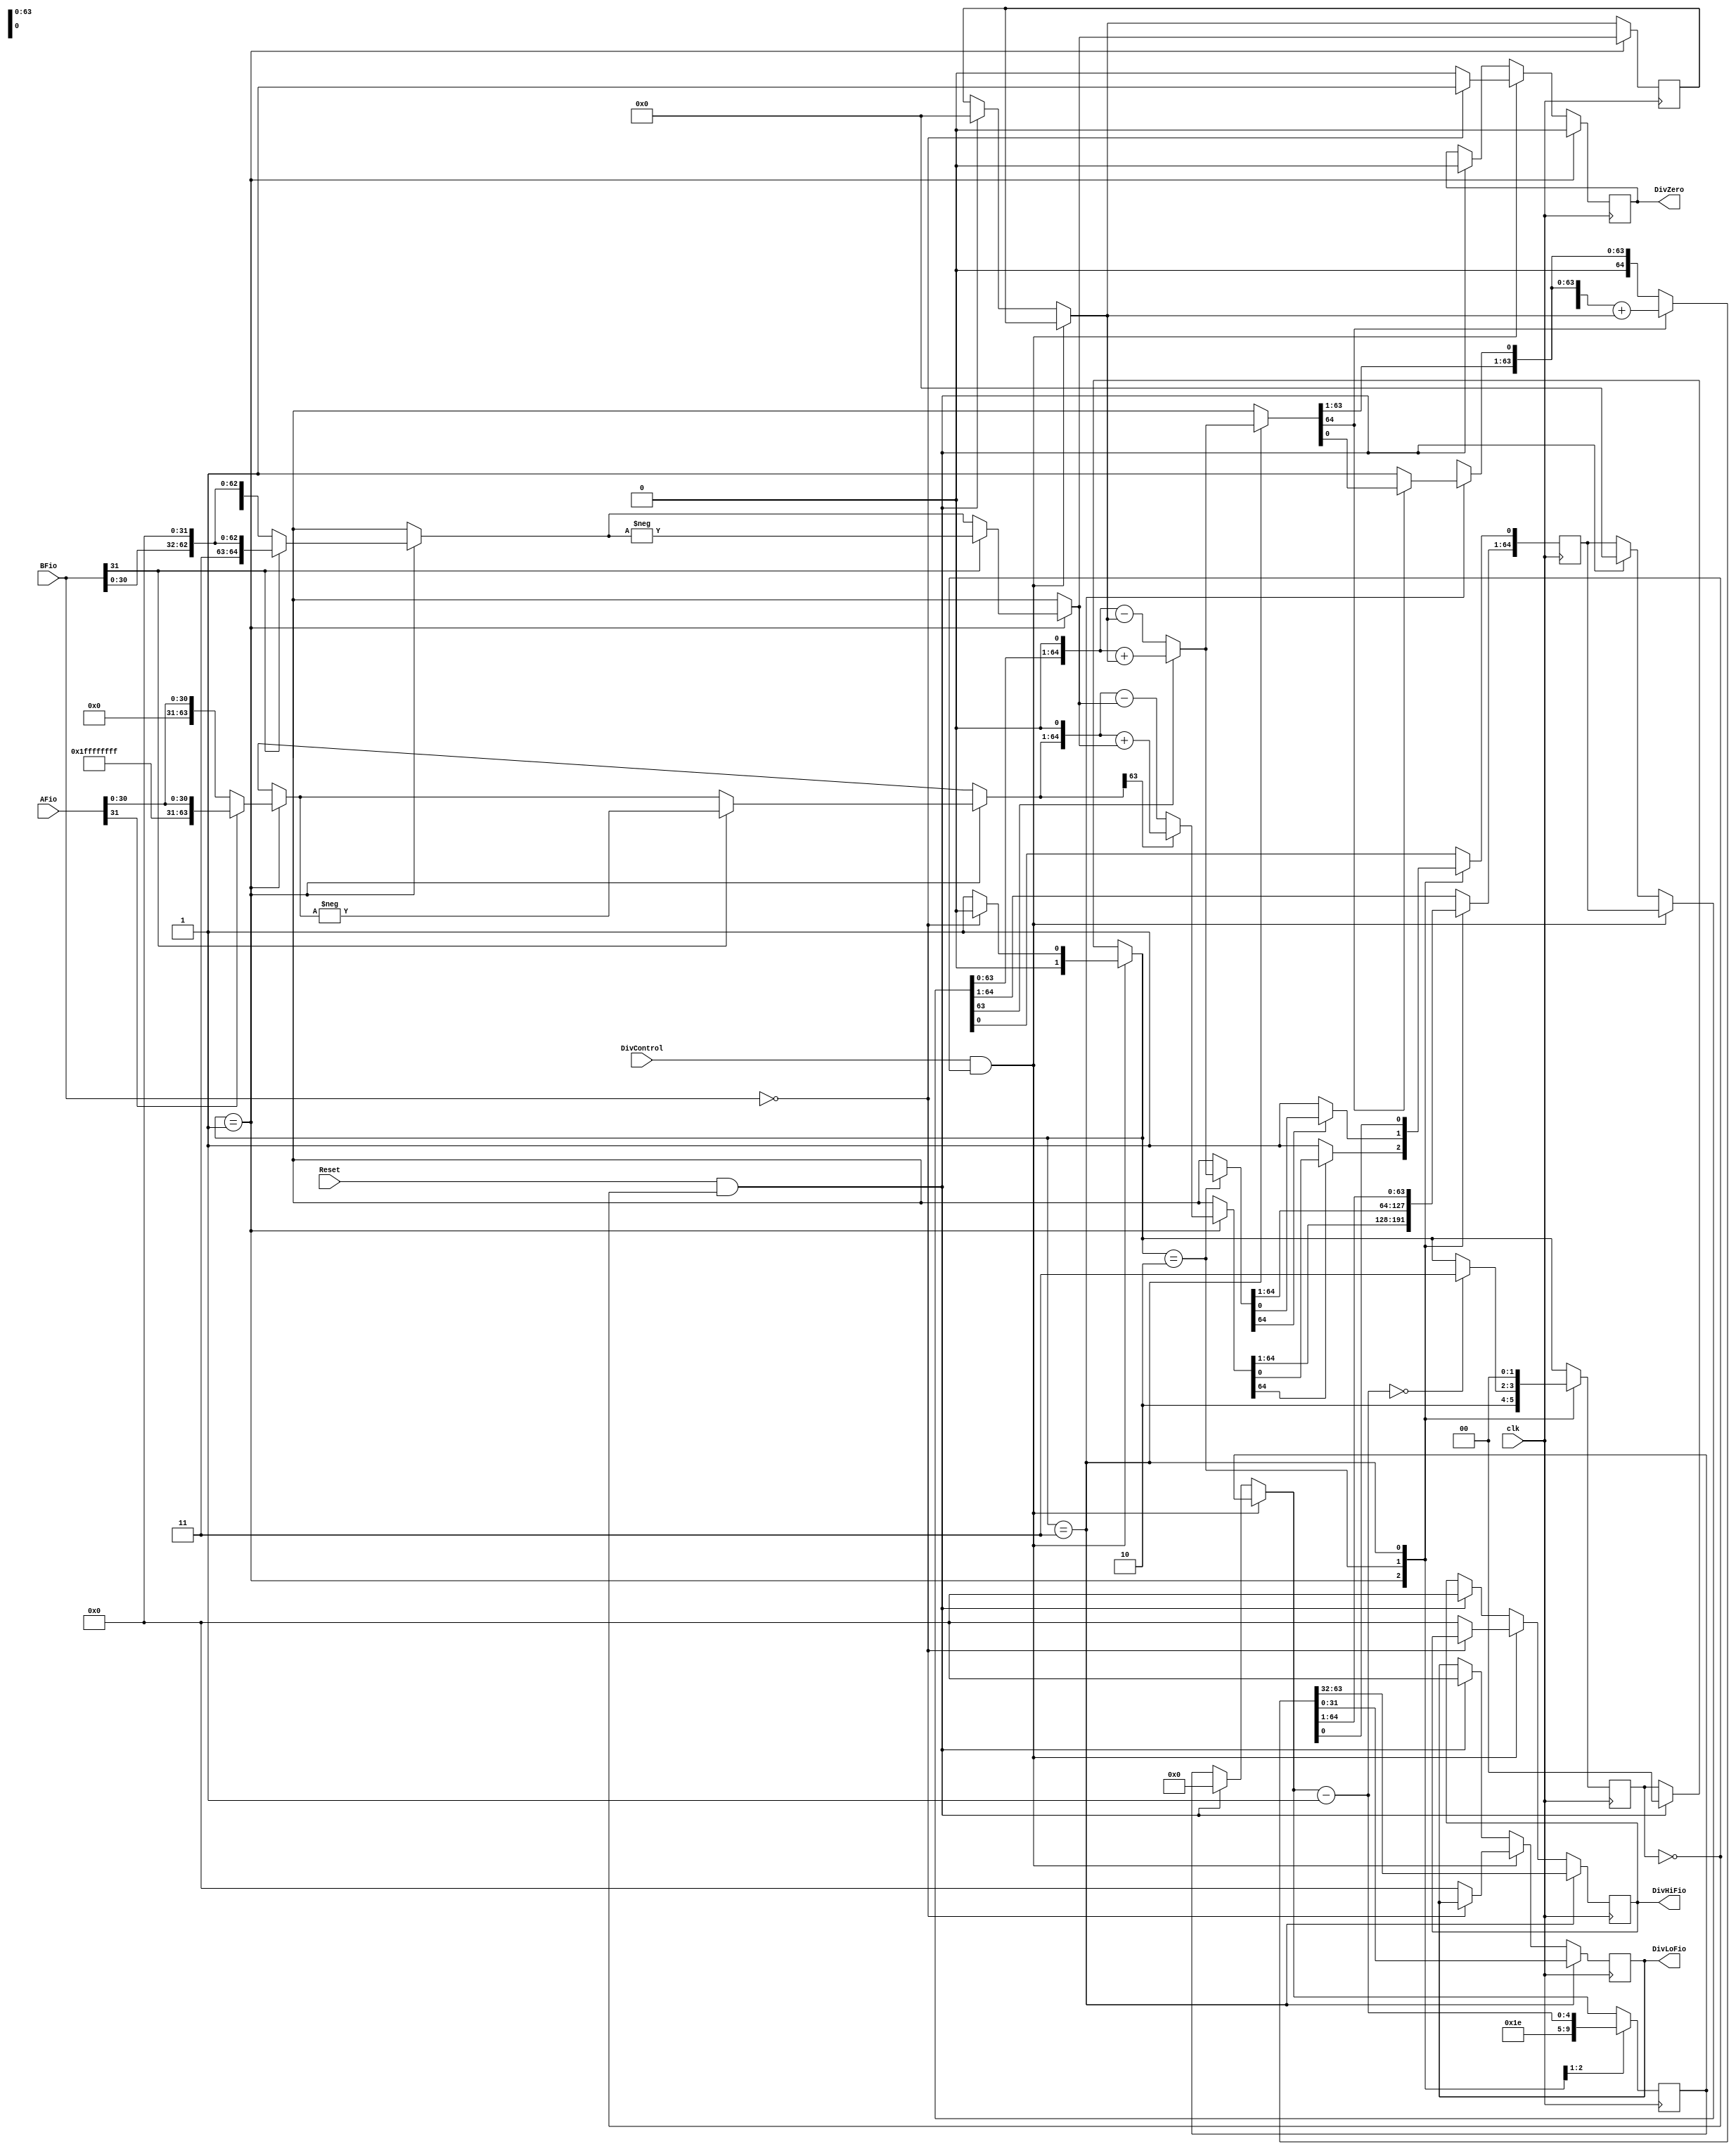
module Div(input wire DivControl, input wire Reset, input wire [31:0] AFio, input wire clk,
	input wire [31:0] BFio, output reg [31:0] DivLoFio, output reg [31:0] DivHiFio, output reg DivZero);
 
reg [64:0] P;
reg [64:0] A;
reg [1:0] estado;
reg [4:0] contador;

parameter WHILE = 2'b00;
parameter INITIAL = 2'b01;
parameter REPEAT = 2'b10;
parameter END = 2'b11;

initial begin 
	estado = WHILE;
	DivZero = 1'b0;
end
 
always @(posedge clk) begin
	if (DivControl == 1'b1 && estado == WHILE) begin
		if (BFio == 32'd0) 
			begin
				DivZero = 1'b1;
				estado = WHILE;
			end 
		else
			begin
			DivZero = 1'b0;
			estado = INITIAL;
			DivLoFio = {32{1'b0}};
			DivHiFio = {32{1'b0}};
			end
	end else if (Reset == 1'b1 && estado == WHILE) begin
		P = 65'd0;
		A = 65'd0;
		estado = 2'd0;
		contador = 5'd0;
		DivHiFio = 32'd0;
		DivLoFio = 32'd0;
		DivZero = 1'd0;
	end
	
	case(estado)
				
		INITIAL:
		begin
			DivZero = 1'b0;
			contador = {5{1'b1}};
			if (BFio[31] == 1)
				A = {1'b1, BFio, {32{1'b0}}};
			else
				A = {1'b0, BFio, {32{1'b0}}};
			if (AFio[31] == 1)
				P = {{33{1'b1}}, AFio};
			else
				P = {{33{1'b0}}, AFio};
			if (BFio[31] == 1) begin
				P = -P;
				A = -A;
			end
			P = P << 1;
			if (P[64] == 1'b1)
				P = P + A;
			else
				P = P - A;
			if (P[64] == 1'b0)
				P[0] = 1'b1;
			contador = contador - 1;
			estado = REPEAT;
		end
		
		REPEAT:
		begin
			P = P << 1;
			if (P[64] == 1'b1)
				P = P + A;
			else
				P = P - A;
			if (P[64] == 1'b0)
				P[0] = 1'b1;
				
			contador = contador - 1;
			if (contador == 5'd0)
				estado = END;	
		end
		
		END:
		begin
			P = P << 1;
			if (P[64] == 1'b1)
				P = P + A;
			else
				P = P - A;
			if (P[64] == 1'b0)
				P[0] = 1'b1;
			if (P[64] == 1'b1)
			begin
				if (P[64] == 1'b1)
					P = P + A;
				else
					P = P - A;
			end
			DivHiFio = P[63:32];
			DivLoFio = P[31:0];
			estado = WHILE;
		end
	endcase
end

endmodule

/*
65 BITS - 4 REGISTRADORES - P - A
CONTADOR 5 BITS
ESTADOS 2 BITS

-----INITIAL
ZERA TUDO
COLOCA 32 BITS 0 A DIREITA DO DIVISOR (A)
EXTENDER O BIT DO SINAL EM 1 (ESQUERDA) - se a for negativo

JOGA 33 ZEROS NA ESQUERDA DO DIVIDENDO (P) - se for positivo, se for negativo 33 Uns
CHECK SE B  NEGATIVO OU NAO, SE FOR, NEGATIVA OS 2

----REPETE 32 VEZES
SHIFT LEFT 1 (P)
CHECA 1 BIT ESQUERDA P - SE FOR 1 -> SOMA COM A.      SE FOR 0 -> P - A
CHECA 1 BIT ESQUERDA P - SE FOR 0 -> O BIT DIREITA = 1.   

JOGA RESULTADO HI E LO
P - 63:32 VAI PRA HI
P - 31:0 VAI PRO LO
*/